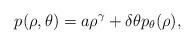
LaTeX: \begin{align*}p(\rho,\theta)=a\rho^\gamma + \delta\theta p_\theta(\rho),\end{align*}